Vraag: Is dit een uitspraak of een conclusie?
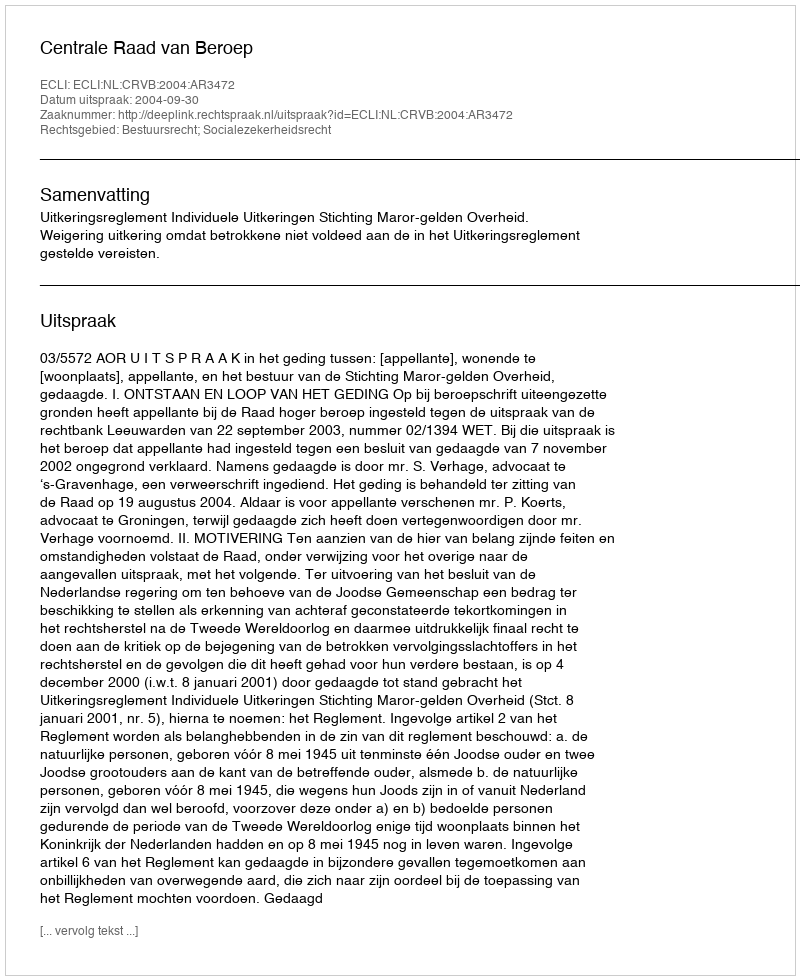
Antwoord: Uitspraak